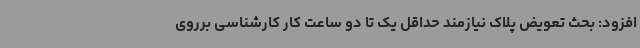
افزود: بحث تعویض پلاک نیازمند حداقل یک تا دو ساعت کار کارشناسی برروی